system: You are a helpful assistant.
user:
Analyze the provided spectrum to determine if it is a **"Cataclysmic Variables (CV)"**.

- **Key Indicators for CV (Check for either state):**
    - **State 1: Quiescent / Low-State (Emission-Dominated)**
        - **(Primary):** Strong and *very broad* Hydrogen Balmer emission lines (e.g., $H\alpha$ at 6563 Å, $H\beta$ at 4861 Å). The 'broadness' (high velocity dispersion, often FWHM > 1000 km/s) is the key diagnostic, indicating a high-velocity accretion disk.
        - **(Secondary):** Broad neutral Helium (He I) emission lines (e.g., 5876 Å, 6678 Å).
        - **(Key Confirmation):** Presence of high-excitation *ionized* Helium (He II) emission at 4686 Å. This is a strong indicator of accretion onto a white dwarf.
        - **(Line Profile):** Emission lines may exhibit a 'double-peaked' profile, which is a classic signature of a rotating accretion disk viewed at high inclination.

    - **State 2: Outburst / High-State (Absorption-Dominated)**
        - **(Primary):** Spectrum is dominated by a bright, blue continuum (looks like a hot star).
        - **(Secondary):** The emission lines from State 1 are weak, absent, or 'filled in', and are replaced by broad, shallow *absorption* lines (primarily Balmer and He I).
        - **(Morphology):** The overall spectrum mimics a hot B/A-type star. The crucial difference is that the absorption lines are significantly broader, shallower, and more 'washed-out' (or 'smeared') than the sharp lines of a normal stellar photosphere, due to high rotational speeds and pressure broadening in the disk.

Think first, call **spectral_visualization_tool** if needed to examine features in detail, then provide your final answer. Your response must adhere to the following strict rules:
1.  **Overall Structure:** Your response must follow the format `<think>...</think> <tool_call>...</tool_call> (if a tool is used) <answer>...</answer>`.
2.  **Tool Usage Constraint:** You may only make **one** tool call per turn.
3.  **Final Answer Format:** In the `<answer>` tag, your conclusion must be inside a `\boxed{}` command (e.g., `\boxed{YES}`), followed by your justification.

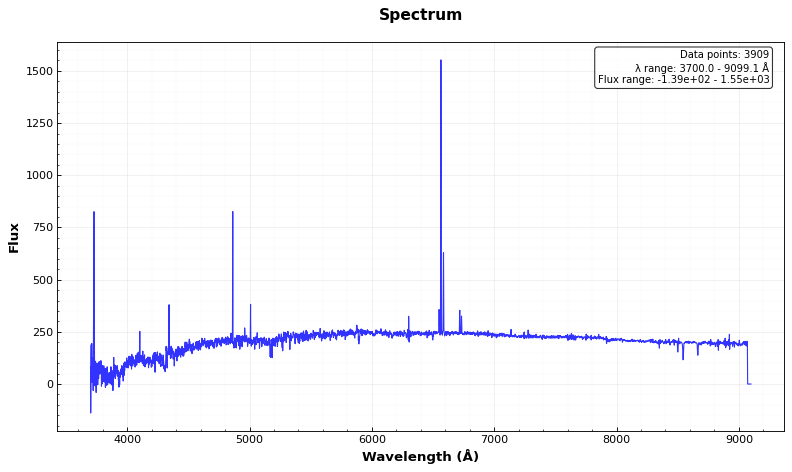
Answer: NO